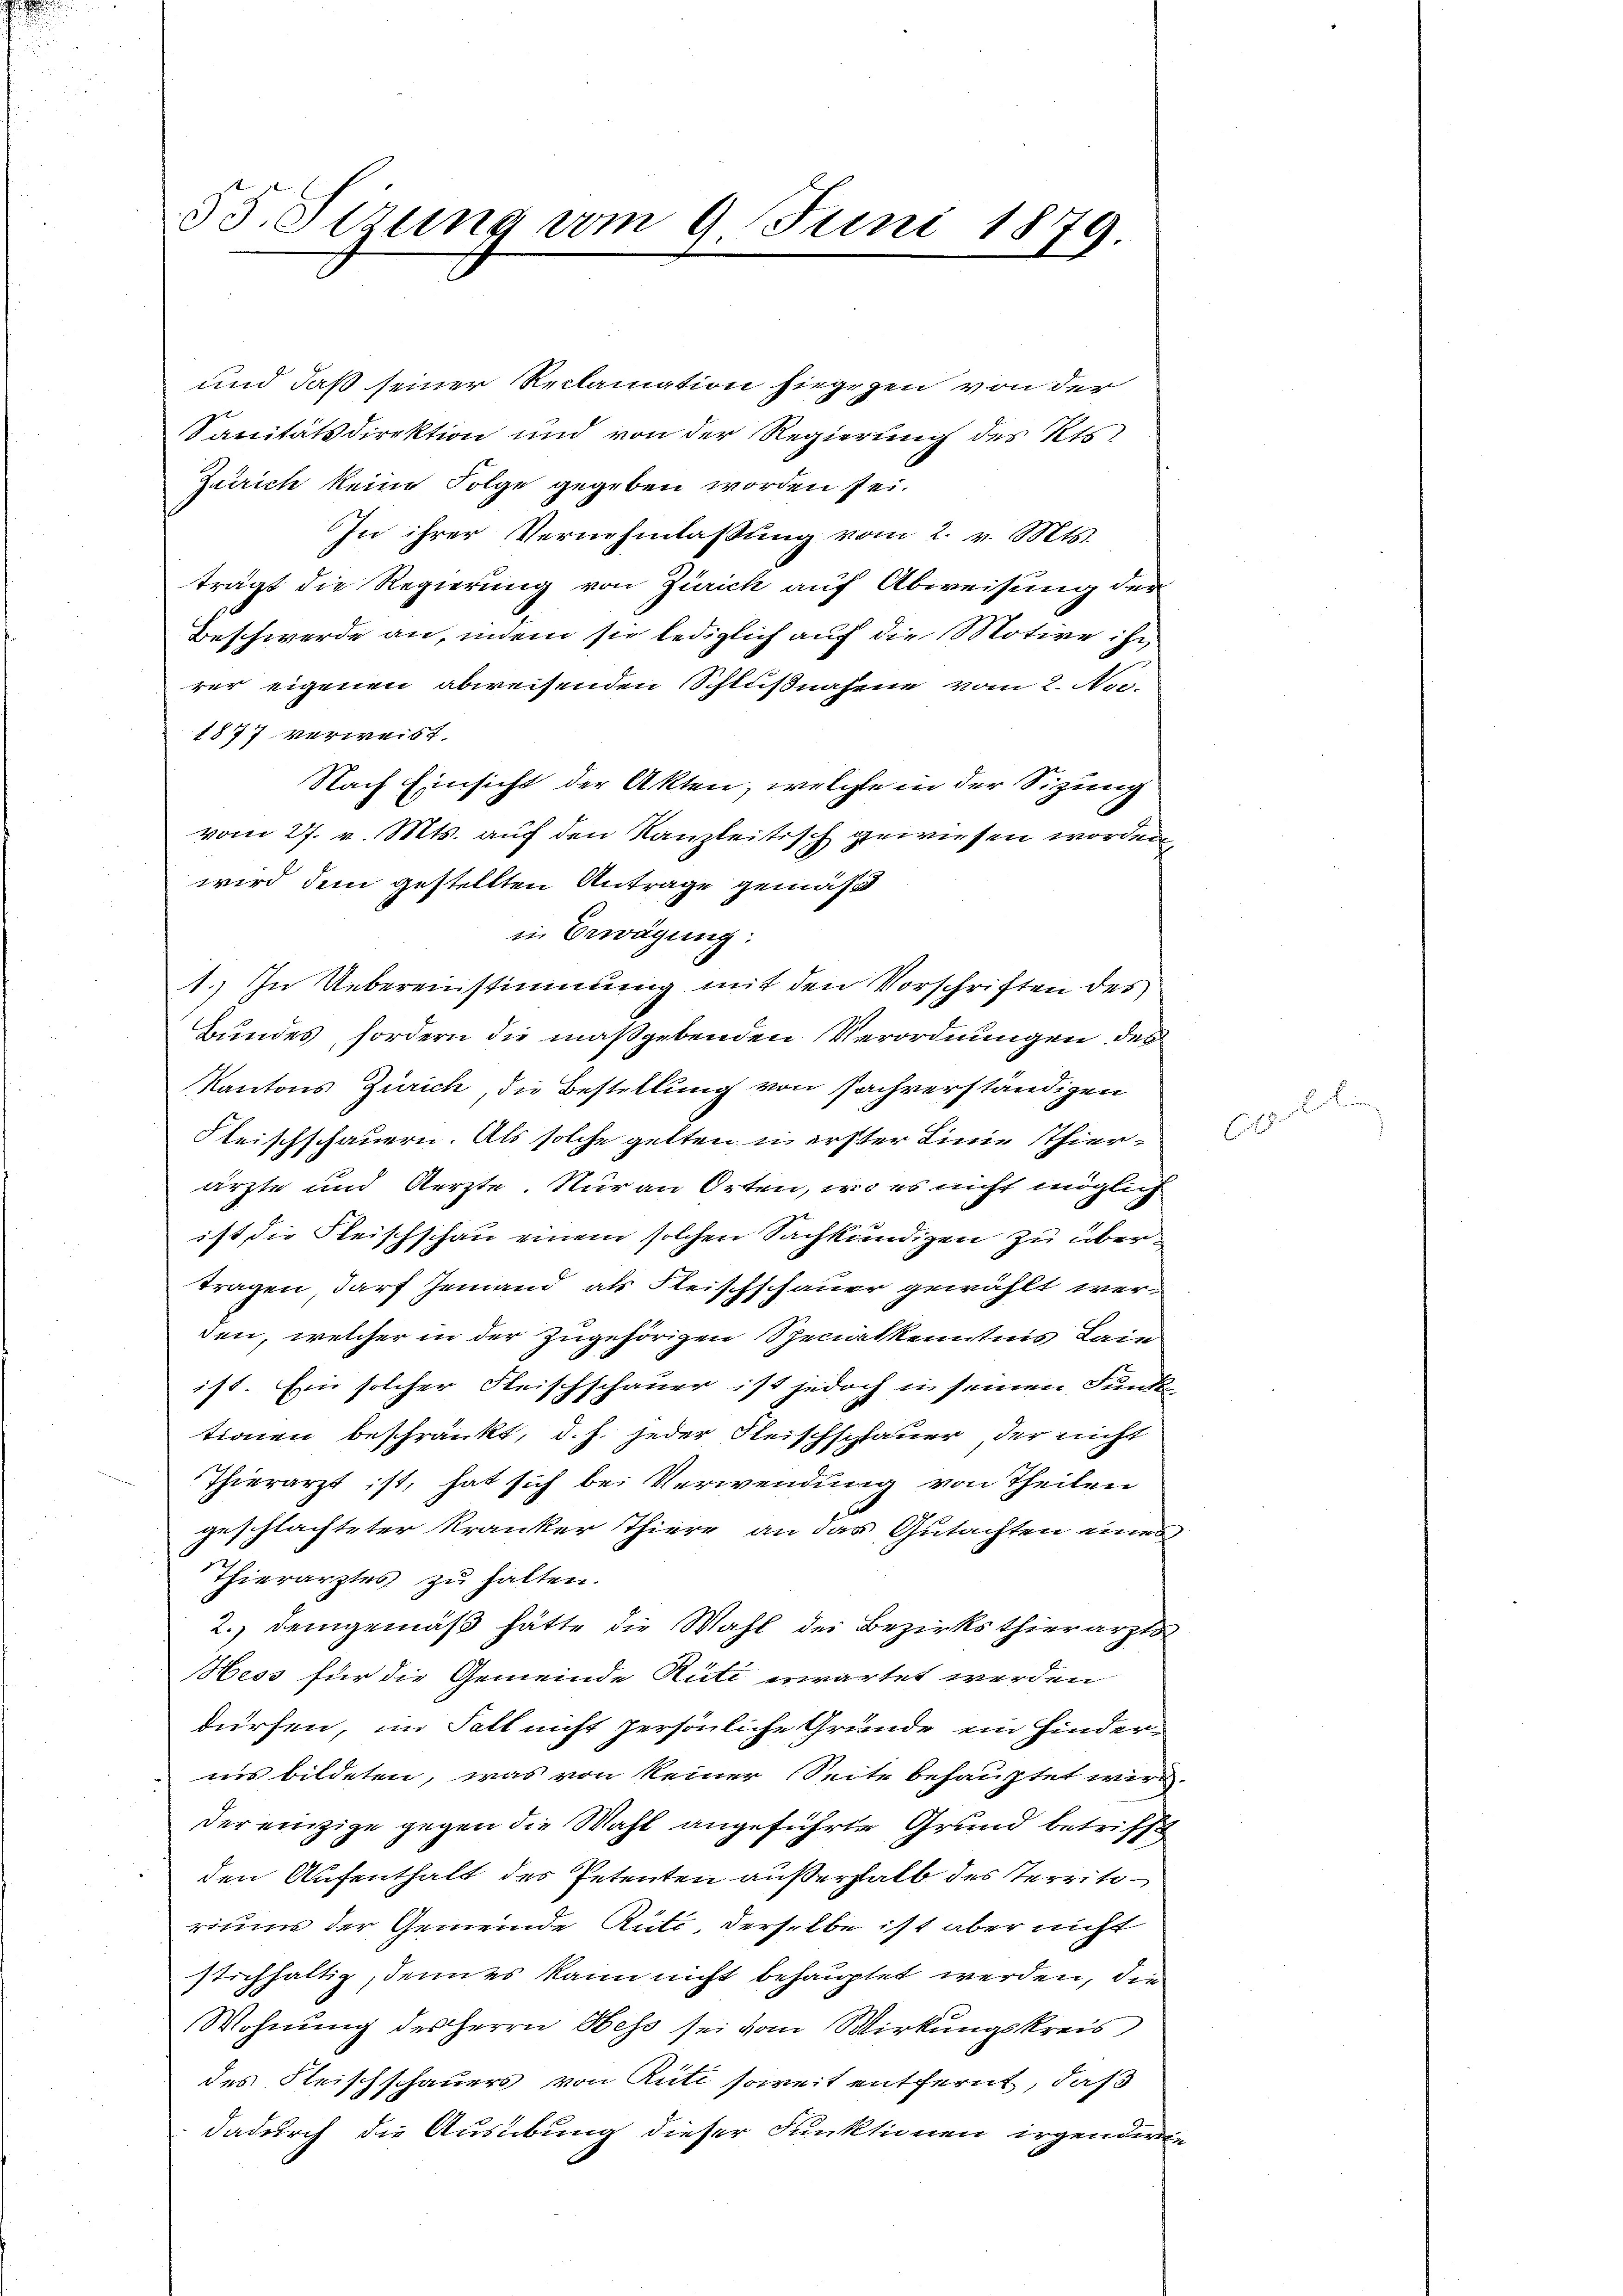
55. Sizung vom 9. Juni 1879.

und daß seiner Reclamation hiegegen von der
Sanitätsdirektion und von der Regierung des Kts.
Zürich keine Folge gegeben worden sei.
In ihrer Vernehmlassung vom 2. v. Mts.
trägt die Regierung von Zürich auf Abweisung der
Beschwerde an, indem sie lediglich auf die Motive ihn
rer eigenen abweisenden Schlußnahme vom 2. Noc
1877 verweist.
Nach Einsicht der Akten, welche in der Sitzung
vom 27. v. Mts. auf den Kanzleitisch gewiesen worden
wird dem gestellten Antrage gemäß
in Erwägung:
1. In Uebereinstimmung mit den Vorschriften des
Bundes, fordern die maßgebenden Verordnungen des
Kantons Zürich, die Bestellung von sachverständigen
Fleischschauern. Als solche gelten in erster Linie Thierärzte und Aerzte. Nur an Orten, wo es nicht möglich
ist die Fleischschau einem solchen Sachkundigen zu übertragen darf jemand als Fleischschauer gewählt werden, welcher in der zugehörigen Spenakkenntnis Laie
ist. Ein solcher Fleischschauer ist jedoch in seinen Funkt
tionen beschränkt, d. h. jeder Fleischschauer, der nicht
Thierarzt ist, hat sich bei Verwendung von Theilen
geschlachteter Kranker Thiere an das Gutachten eines
Thierarztes zu halten.
2. Demgemäß hätte die Wahl der Bezirksthierarzts
Hess für die Gemeinde Rüti erwartet werden
dürfen, im Fall nicht persönliche Grunde ein Hinderins bildeten, was von keiner Seite behauptet wird.
der einzige gegen die Wahl angeführte Grund betrifft
den Aufenthalt des Petenten außerhalb des Territoriums der Gemeinde Rüti, derselbe ist aber nicht
stichhaltig, denn es kann nicht behauptet werden, die
Wohnung des Herrn Hess sei vom Wirkungskreis
des Fleischschauers von Rütt soweit entfernt, daß
dadurch die Ausübung dieser Funktionen irgenderin

pell